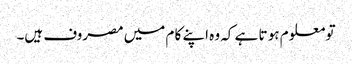
تو معلو م ہو تا ہے کہ وہ اپنے کا م میں مصروف ہیں۔